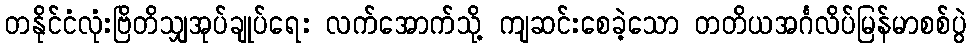
တနိုင်ငံလုံးဗြိတိသျှအုပ်ချုပ်ရေး လက်အောက်သို့ ကျဆင်းစေခဲ့သော တတိယအင်္ဂလိပ်မြန်မာစစ်ပွဲ